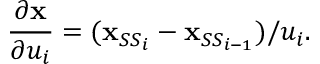
\frac { \partial \mathbf { x } } { \partial u _ { i } } = ( \mathbf { x } _ { { S S } _ { i } } - \mathbf { x } _ { { S S } _ { i - 1 } } ) / u _ { i } .